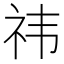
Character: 祎